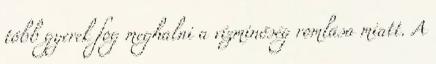
több gyerek fog meghalni a vízminőség romlása miatt. A